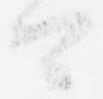
可